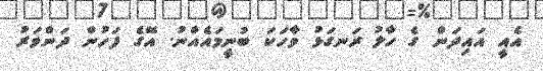
އެއީ އައިދަން ގެ ހާލު ރަނގަޅު ވާހަކަ ބުނީމައެއްނު. އޭގެ ފަހުން ދަންވަރު